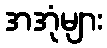
အအုံများ